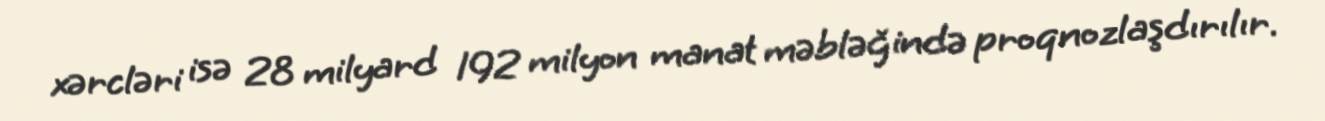
xərcləri isə 28 milyard 192 milyon manat məbləğində proqnozlaşdırılır.